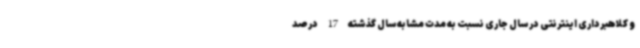
و کلاهبرداری اینترنتی در سال جاری نسبت به مدت مشابه سال گذشته 17 درصد